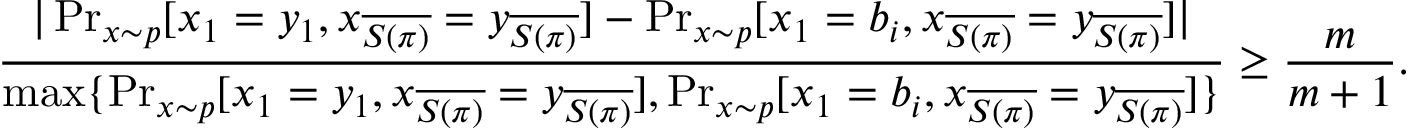
\frac { | \operatorname* { P r } _ { x \sim p } [ x _ { 1 } = y _ { 1 } , x _ { \overline { { S ( \pi ) } } } = y _ { \overline { { S ( \pi ) } } } ] - \operatorname* { P r } _ { x \sim p } [ x _ { 1 } = b _ { i } , x _ { \overline { { S ( \pi ) } } } = y _ { \overline { { S ( \pi ) } } } ] | } { \operatorname* { m a x } \{ \operatorname* { P r } _ { x \sim p } [ x _ { 1 } = y _ { 1 } , x _ { \overline { { S ( \pi ) } } } = y _ { \overline { { S ( \pi ) } } } ] , \operatorname* { P r } _ { x \sim p } [ x _ { 1 } = b _ { i } , x _ { \overline { { S ( \pi ) } } } = y _ { \overline { { S ( \pi ) } } } ] \} } \geq \frac { m } { m + 1 } .